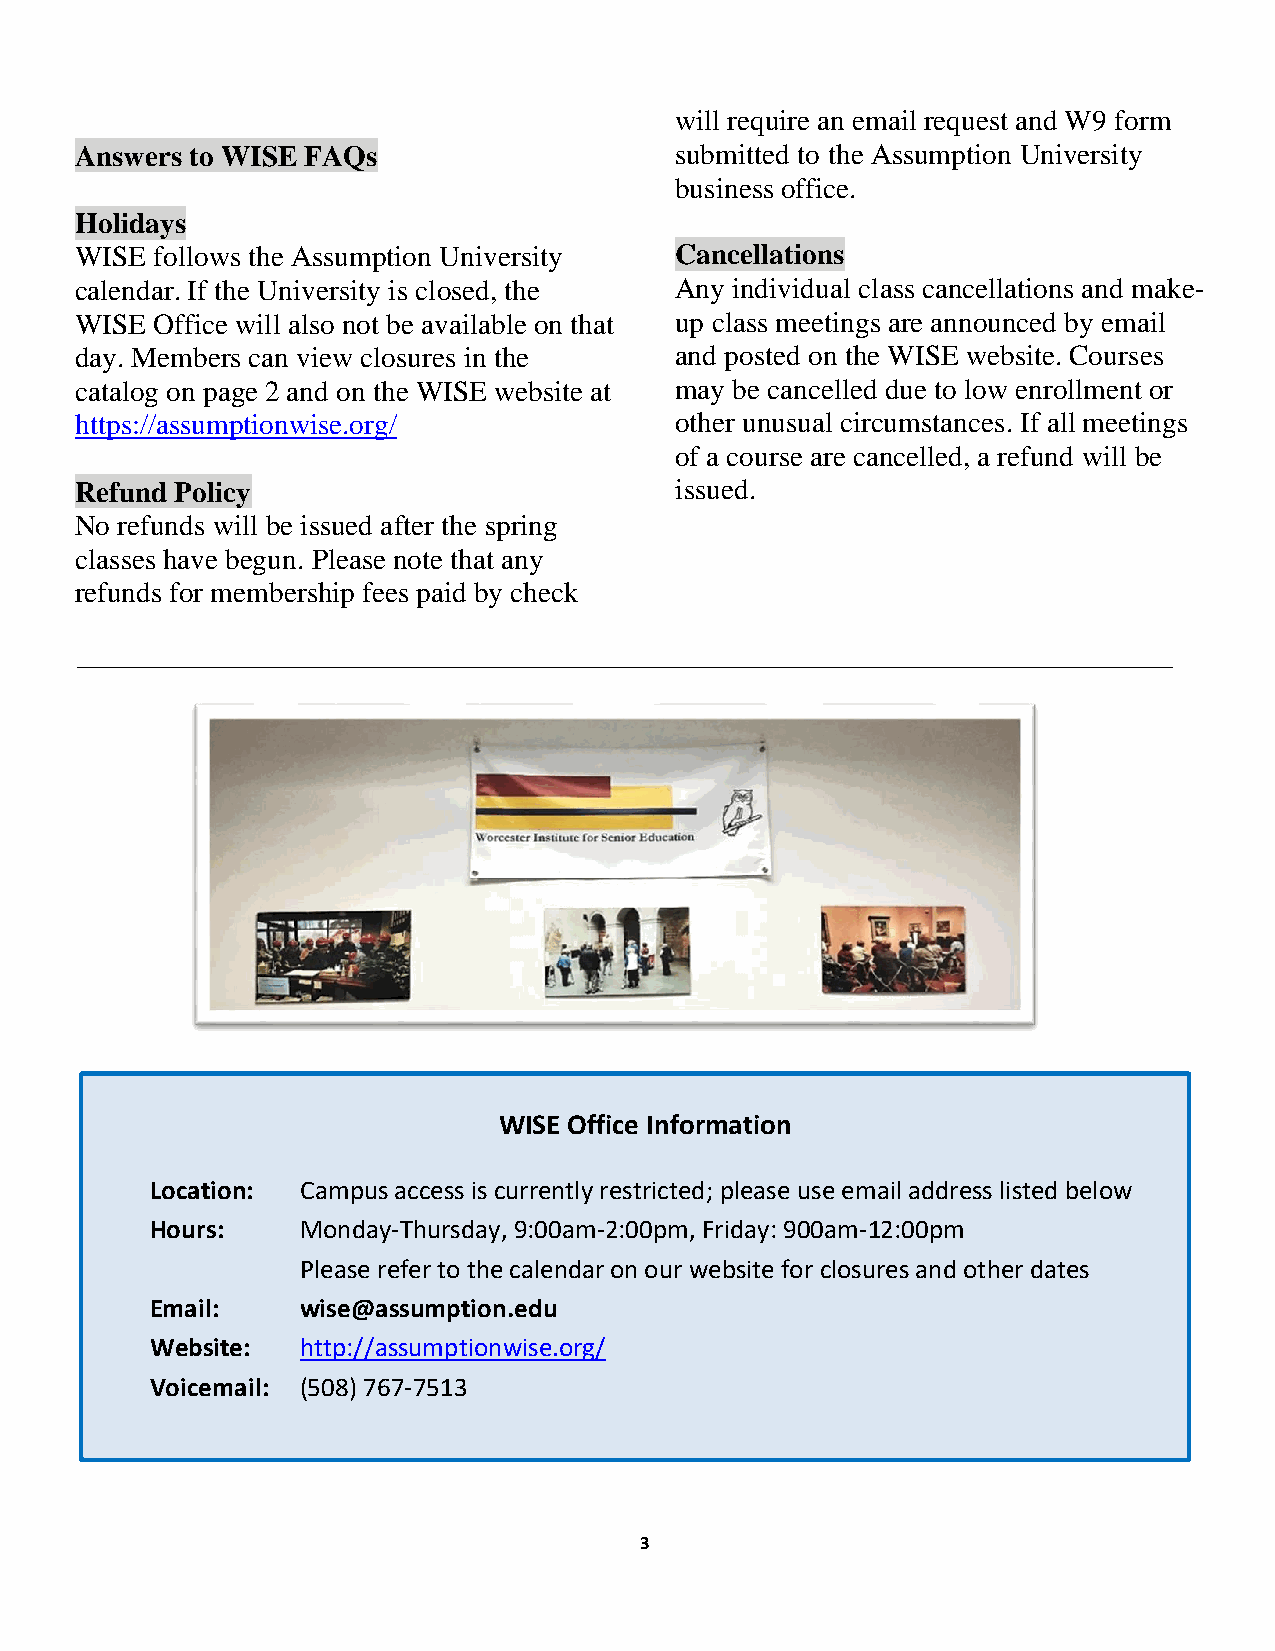
will require an email request and W9 form
 Answers to WISE FAQs                    submitted to the Assumption University
 business office.
 Holidays
 WISE follows the Assumption University  Cancellations
 calendar. If the University is closed, the Any individual class cancellations and make-
 WISE Office will also not be available on that up class meetings are announced by email
 day. Members can view closures in the   and posted on the WISE website. Courses
 catalog on page 2 and on the WISE website at may be cancelled due to low enrollment or
 https://assumptionwise.org/             other unusual circumstances. If all meetings
 of a course are cancelled, a refund will be
 Refund Policy                           issued.
 No refunds will be issued after the spring
 classes have begun. Please note that any
 refunds for membership fees paid by check
 WISE Office Information
 Location: Campus access is currently restricted; please use email address listed below
 Hours:    Monday-Thursday, 9:00am-2:00pm, Friday: 900am-12:00pm
 Please refer to the calendar on our website for closures and other dates
 Email:    wise@assumption.edu
 Website:  http://assumptionwise.org/
 Voicemail: (508) 767-7513
 3